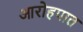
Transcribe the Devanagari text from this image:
आरोहपात